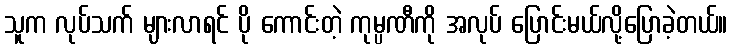
သူက လုပ်သက် များလာရင် ပို ကောင်းတဲ့ ကုမ္ပဏီကို အလုပ် ပြောင်းမယ်လို့ပြောခဲ့တယ်။